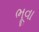
ભૂવા